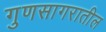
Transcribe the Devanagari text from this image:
गुणसागरातील